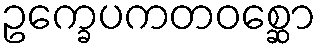
ဥက္ခေပကတဝစ္ဆော